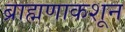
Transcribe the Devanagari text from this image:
ब्राह्मणाकशून